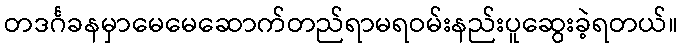
တဒင်္ဂခနမှာမေမေဆောက်တည်ရာမရဝမ်းနည်းပူဆွေးခဲ့ရတယ်။